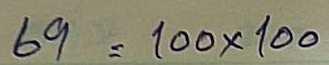
69 = 100 x 100